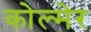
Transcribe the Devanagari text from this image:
कोल्मेर